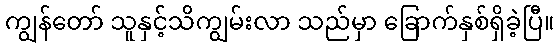
ကျွန်တော် သူနှင့်သိကျွမ်းလာ သည်မှာ ခြောက်နှစ်ရှိခဲ့ပြီ။